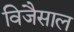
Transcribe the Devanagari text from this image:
विजैसाल